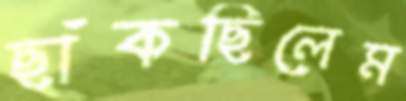
ছাঁকছিলেম